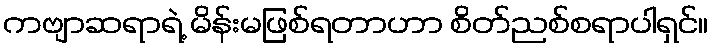
ကဗျာဆရာရဲ့ မိန်းမဖြစ်ရတာဟာ စိတ်ညစ်စရာပါရှင်။